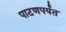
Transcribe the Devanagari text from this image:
पाटणपर्यंत